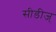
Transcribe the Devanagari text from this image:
सीडीज्